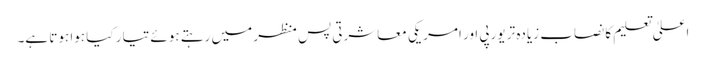
اعلیٰ تعلیم کا نصاب زیادہ تر یورپی اور امریکی معاشرتی پس منظر میں رہتے ہوئے تیار کیا ہوا ہوتا ہے۔